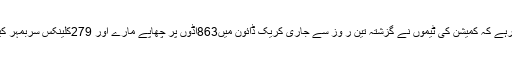
واضح رہے کہ کمیشن کی ٹیموں نے گزشتہ تین ر وز سے جاری کریک ڈائون میں863اڈوں پر چھاپے مارے اور 279کلینکس سربمہر کیے ہیں۔